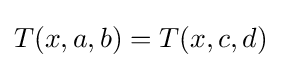
T(x,a,b)=T(x,c,d)